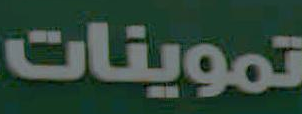
تموينات